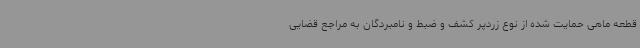
قطعه ماهی حمایت شده از نوع زردپر کشف و ضبط و نامبردگان به مراجع قضایی